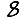
Digit: 8